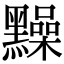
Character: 䵲